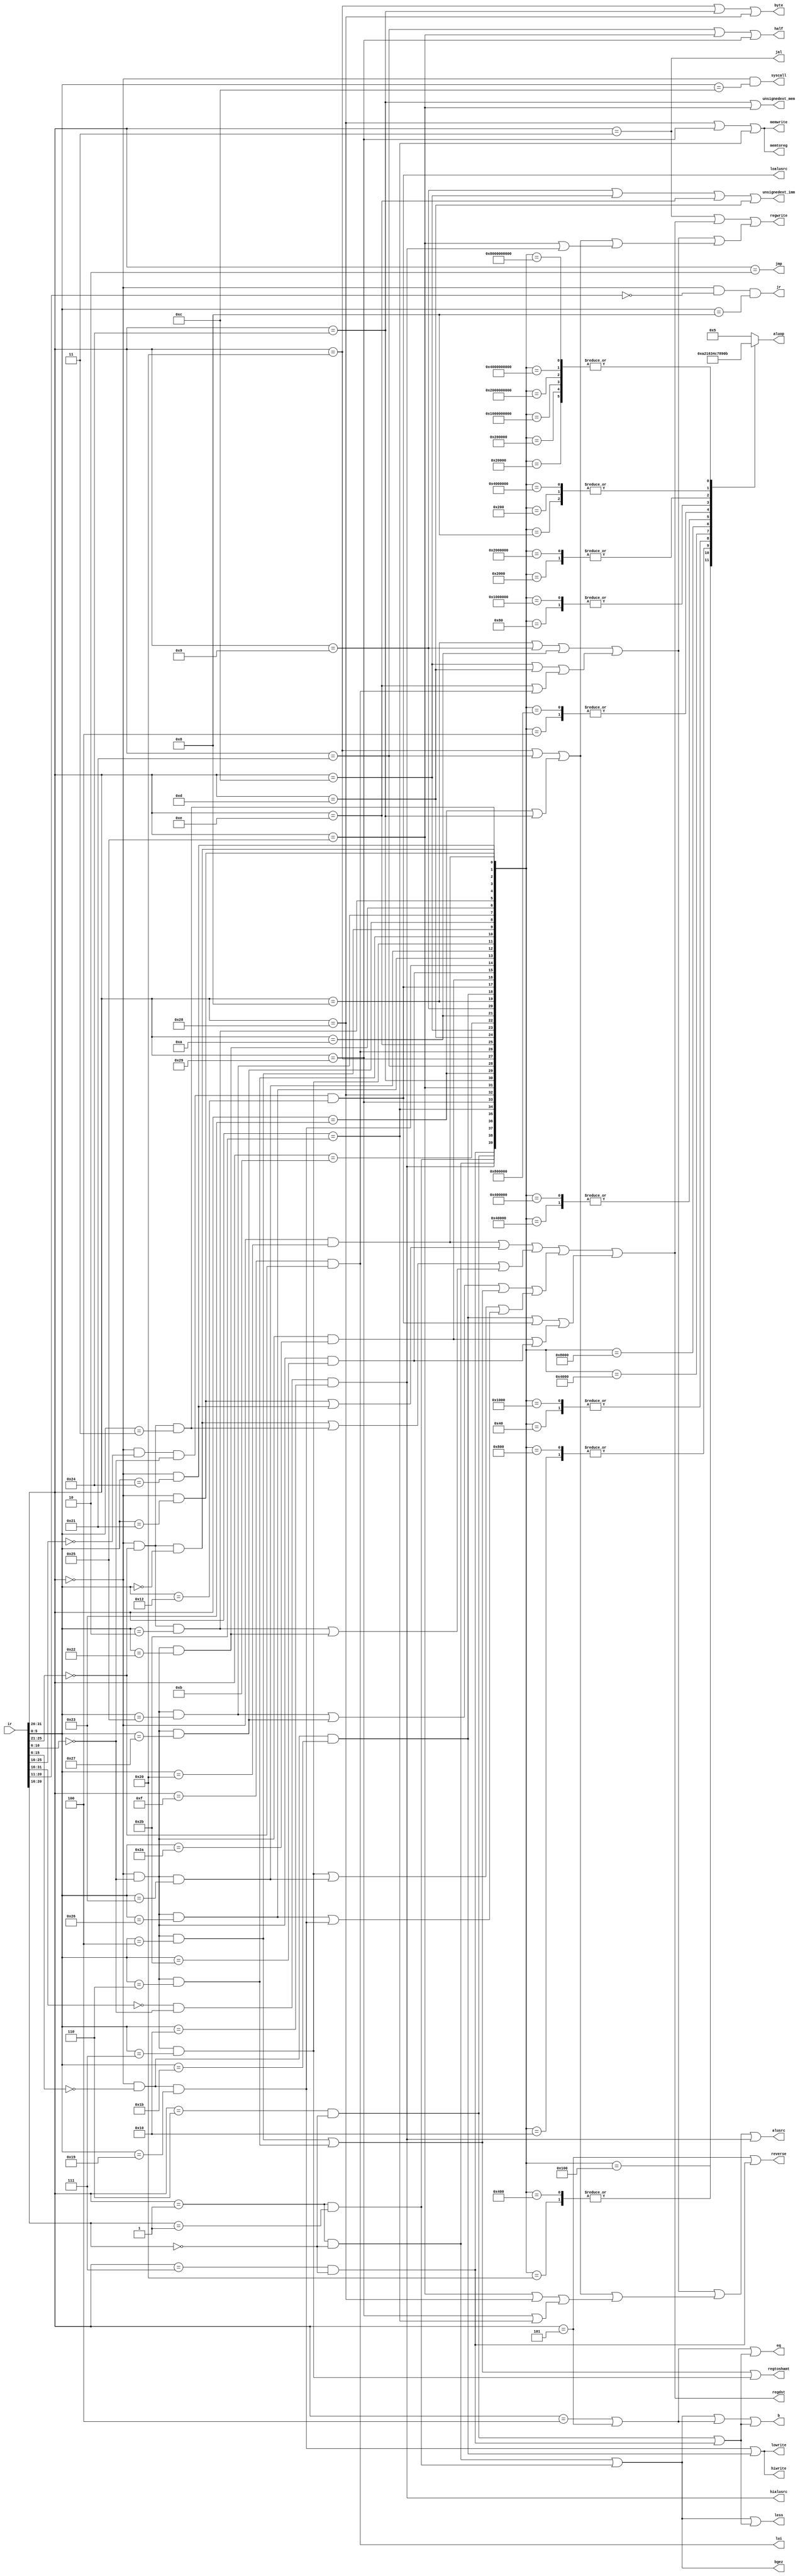
`timescale 1ns / 1ps
//////////////////////////////////////////////////////////////////////////////////
// Company: 
// Engineer: 
// 
// Design Name: 
// Module Name: control_unit
// Project Name: 
// Target Devices: 
// Tool Versions: 
// Description: 
// 
// Dependencies: 
// 
// Revision:
// Revision 0.01 - File Created
// Additional Comments:
// 
//////////////////////////////////////////////////////////////////////////////////


module control_unit(
        input wire[31:0] ir,
        output syscall,
        output regdst,
        output reg[3:0] aluop,
        output alusrc,
        output lui,
        output regtoshamt,
        output loalusrc,
        output hialusrc,
        output memwrite,
        output byte,
        output half,
        output regwrite,
        output lowrite,
        output hiwrite,
        output memtoreg,
        output unsignedext_imm,
        output unsignedext_mem,
        output b,
        output eq,
        output less,
        output reverse,
        output bgez,
        output jr,
        output jmp,
        output jal
    );
     // Normal
        wire[5:0] opt;
        wire[4:0] rs;
        wire[4:0] rt;
        // R
        wire[4:0] rd;
        wire[4:0] shamt;
        wire[5:0] func;
        // I
        wire[15:0] immi;
        // J
        wire[25:0] immj;
        assign opt = ir[31:26];
        assign rs = ir[25:21];
        assign rt = ir[20:16];
        assign rd = ir[15:11];
        assign shamt = ir[10:6];
        assign func = ir[5:0];
        assign immi = ir[15:0];
        assign immj = ir[25:0];
        
        // instruction code
        parameter R_OPT =  6'b000000;
        parameter SP_OPT = 6'b000000;
        parameter SYSCALL_FUNC = 6'b001100;
        parameter ADD_FUNC = 6'b100000;
        parameter ADDU_FUNC = 6'b100001;
        parameter AND_FUNC = 6'b100100;
        parameter SLL_FUNC = 6'b000000;
        parameter SRA_FUNC = 6'b000011;
        parameter SRL_FUNC = 6'b000010;
        parameter SUB_FUNC = 6'b100010;
        parameter OR_FUNC = 6'b100101;
        parameter NOR_FUNC = 6'b100111;
        parameter SLLV_FUNC = 6'b000100;
        parameter SRLV_FUNC = 6'b000110;
        parameter SRAV_FUNC = 6'b000111;
        parameter SUBU_FUNC = 6'b100011;
        parameter XOR_FUNC = 6'b100110;
        parameter MULTU_FUNC = 6'b011001;
        parameter DIVU_FUNC = 6'b011011;
        parameter MFLO_FUNC = 6'b010010;
        parameter SLT_FUNC = 6'b101010;
        parameter SLTU_FUNC = 6'b101011;
        parameter MFHI_FUNC = 6'b010000;
        
        parameter JR_FUNC = 6'b001000;
        parameter ERET_FUNC = 6'b011000;
        
        // instruction type
        wire R = (opt == R_OPT);
        wire SP = (opt == SP_OPT);
        parameter ADDI_OPT = 6'b001000;
        parameter ADDIU_OPT = 6'b001001;
        parameter SLTI_OPT = 6'b001010;
        parameter SLTIU_OPT = 6'b001011;
        parameter ANDI_OPT = 6'b001100;
        parameter ORI_OPT = 6'b001101;
        parameter XORI_OPT = 6'b001110;
        parameter LUI_OPT = 6'b001111;
        parameter LB_OPT = 6'b100000;
        parameter LH_OPT = 6'b100001;
        parameter LW_OPT = 6'b100011;
        parameter LBU_OPT = 6'b100100;
        parameter LHU_OPT = 6'b100101;
        parameter SB_OPT = 6'b101000;
        parameter SH_OPT = 6'b101001;
        parameter SW_OPT = 6'b101011;

        parameter J_OPT = 6'b000010;
        parameter JAL_OPT = 6'b000011;
        parameter REGIMM_OPT = 6'b000001;
        parameter BEQ_OPT = 6'b000100;
        parameter BNE_OPT = 6'b000101;
        parameter BLEZ_OPT = 6'b000110;
        parameter BGTZ_OPT = 6'b000111;
        

        wire ADD = (SP & (func == ADD_FUNC));
        wire ADDU = (SP & (func == ADDU_FUNC));
        wire AND = (SP & (func == AND_FUNC));
        wire SLL = (SP & (rs == 6'b000000) & (func == SLL_FUNC));
        wire SRA = (SP & (rs == 6'b000000) & (func == SRA_FUNC));
        wire SRL = (SP & (rs == 6'b000000) & (func == SRL_FUNC));
        wire SUB = (SP & (shamt == 6'b000000) & (func == SUB_FUNC));
        wire OR = (SP & (shamt == 6'b000000) & (func == OR_FUNC));
        wire NOR = (SP & (shamt == 6'b000000) & (func == NOR_FUNC));
        wire SLLV = (SP & (shamt == 6'b000000) & (func == SLLV_FUNC));
        wire SRLV = (SP & (shamt == 6'b000000) & (func == SRLV_FUNC));
        wire SRAV = (SP & (shamt == 6'b000000) & (func == SRAV_FUNC));
        wire SUBU = (SP & (shamt == 6'b000000) & (func == SUBU_FUNC));
        wire XOR = (SP & (shamt == 6'b000000) & (func == XOR_FUNC));
        wire MULTU = (SP & (ir[15:6] == 6'b000000) & (func == MULTU_FUNC));
        wire DIVU = (SP & (ir[15:6] == 6'b000000) & (func == DIVU_FUNC));
        wire MFLO = (SP & (ir[25:16] == 6'b000000) & (shamt == 5'b00000) & (func == MFLO_FUNC));
        wire SLT = (SP & (shamt == 5'b00000) & (func == SLT_FUNC));
        wire SLTU = (SP & (shamt == 5'b00000) & (func == SLTU_FUNC));
        wire SYSCALL = (R & (func == SYSCALL_FUNC));
        wire ADDI = (opt == ADDI_OPT);
        wire ADDIU = (opt == ADDIU_OPT);
        wire SLTI = (opt == SLTI_OPT);
        wire SLTIU = (opt == SLTIU_OPT);
        wire ANDI = (opt == ANDI_OPT);
        wire ORI = (opt == ORI_OPT);
        wire XORI = (opt == XORI_OPT);
        wire LUI = ((opt == LUI_OPT) & (rs == 5'b00000));
        wire LB = (opt == LB_OPT);
        wire LH = (opt == LH_OPT);
        wire LW = (opt == LW_OPT);
        wire LBU = (opt == LBU_OPT);
        wire LHU = (opt == LHU_OPT);
        wire SB = (opt == SB_OPT);
        wire SH = (opt == SH_OPT);
        wire SW = (opt == SW_OPT);
        wire MFHI = ((ir[31:16] == {16{1'b0}}) & (shamt == 5'b00000) & (func == MFHI_FUNC));

        wire JR = ((opt == 6'b000000) & (ir[20:11] == 10'b0000000000) & (func == JR_FUNC));
        wire J = (opt == J_OPT);
        wire JAL = (opt == JAL_OPT);
        wire BLTZ = ((opt == REGIMM_OPT) & (rt == 5'b00000));
        wire BGEZ = ((opt == REGIMM_OPT) & (rt == 5'b00001));
        wire BEQ = (opt == BEQ_OPT);
        wire BNE = (opt == BNE_OPT);
        wire BLEZ = ((opt == BLEZ_OPT) & (rt == 5'b00000));
        wire BGTZ = ((opt == BGTZ_OPT) & (rt == 5'b00000));
        wire ERET = ((opt == 6'b010000) & ir[25] & (ir[24:6] == 19'b0) & (func == ERET_FUNC));


        //wire NOP = (ir == {32{1'b0}});
        // instruction
        /* TODO:
            MFC0
            MTC0
        */
        
        
        // output
        assign syscall = SYSCALL;
        assign regdst = (((ADD | (ADDU | AND)) | ((SLL | SRA) | (SRL | SUB))) | (((OR | NOR) | (SLLV | 
            SRLV)) | ((SRAV | SUBU) | (XOR | MULTU)))) | ((DIVU | MFLO) | (SLT | SLTU));
        assign alusrc = ((((ADDI | ADDIU) | (SLTI | SLTI)) | ((ANDI | ORI) | (XORI | LUI))) | (((LB | LH) | (LW | LBU)) | ((LHU | SB) | (SH | SW)))) | MFHI;
        assign lui = LUI;
        assign regtoshamt = SLLV | SRLV | SRAV;
        assign loalusrc = MFLO;
        assign hialusrc = MFHI;
        assign memwrite = SB | SH | SW;
        assign byte = LB | LBU | SB;
        assign half = LH | LHU | SH;
        assign regwrite = (JAL | regdst) | ((((ADDI | ADDIU) | (SLTI | SLTI)) | ((ANDI | ORI) | (XORI | LUI))) | ( ( (LB | LH) | (LW | LBU) ) | (LHU | MFHI))) ;
        assign lowrite = MULTU | DIVU;
        assign hiwrite = lowrite;
        assign memtoreg = SB | SH | SW;
        assign unsignedext_imm = ADDIU | ANDI | XORI | ORI;
        assign unsignedext_mem = LBU | LHU;
        assign b = (BLTZ | BGEZ) | (BEQ | BNE) | (BLEZ | BGTZ);
        assign eq = (BEQ | BNE) | (BLEZ | BGTZ);
        assign less = (BLTZ | BGEZ) | (BLEZ | BGTZ); 
        assign reverse = BNE | BGTZ ;
        assign bgez = BLTZ | BGEZ;
        assign jr = JR;
        assign jmp = J;
        assign jal = JAL;

        `define IALU 40
        always@(*) begin
            case( {BGTZ, BLEZ, BGEZ, BLTZ, MFHI, SW, SH, SB, LHU, LBU, LW, LH, LB, LUI, XORI,
             ORI, ANDI, SLTIU, SLTI, ADDIU, ADDI, DIVU, MFLO, SLT, SLTU,
            MULTU, XOR, SUBU, SRAV, SRLV, SLLV, NOR, OR, SUB, SRL, 
          SRA, SLL, AND, ADDU, ADD})
                `IALU'b0000000000000000000000000000000000000001: aluop <= 5;
                `IALU'b0000000000000000000000000000000000000010: aluop <= 5;
                `IALU'b0000000000000000000000000000000000000100: aluop <= 7;
                `IALU'b0000000000000000000000000000000000001000: aluop <= 0;
                `IALU'b0000000000000000000000000000000000010000: aluop <= 1;
                `IALU'b0000000000000000000000000000000000100000: aluop <= 2;
                `IALU'b0000000000000000000000000000000001000000: aluop <= 6;
                `IALU'b0000000000000000000000000000000010000000: aluop <= 8;
                `IALU'b0000000000000000000000000000000100000000: aluop <= 10;
                `IALU'b0000000000000000000000000000001000000000: aluop <= 0;
                `IALU'b0000000000000000000000000000010000000000: aluop <= 2;
                `IALU'b0000000000000000000000000000100000000000: aluop <= 1;
                `IALU'b0000000000000000000000000001000000000000: aluop <= 6;
                `IALU'b0000000000000000000000000010000000000000: aluop <= 9;
                `IALU'b0000000000000000000000000100000000000000: aluop <= 3;
                `IALU'b0000000000000000000000001000000000000000: aluop <= 4;
                `IALU'b0000000000000000000000010000000000000000: aluop <= 5;
                `IALU'b0000000000000000000000100000000000000000: aluop <= 11;
                `IALU'b0000000000000000000001000000000000000000: aluop <= 12;
                `IALU'b0000000000000000000010000000000000000000: aluop <= 5;
                `IALU'b0000000000000000000100000000000000000000: aluop <= 5;
                `IALU'b0000000000000000001000000000000000000000: aluop <= 11;
                `IALU'b0000000000000000010000000000000000000000: aluop <= 12;
                `IALU'b0000000000000000100000000000000000000000: aluop <= 7;
                `IALU'b0000000000000001000000000000000000000000: aluop <= 8;
                `IALU'b0000000000000010000000000000000000000000: aluop <= 9;
                `IALU'b0000000000000100000000000000000000000000: aluop <= 0;
                `IALU'b0000000000001000000000000000000000000000: aluop <= 5;
                `IALU'b0000000000010000000000000000000000000000: aluop <= 5;
                `IALU'b0000000000100000000000000000000000000000: aluop <= 5;
                `IALU'b0000000001000000000000000000000000000000: aluop <= 5;
                `IALU'b0000000010000000000000000000000000000000: aluop <= 5;
                `IALU'b0000000100000000000000000000000000000000: aluop <= 5;
                `IALU'b0000001000000000000000000000000000000000: aluop <= 5;
                `IALU'b0000010000000000000000000000000000000000: aluop <= 5;
                `IALU'b0000100000000000000000000000000000000000: aluop <= 5;
                `IALU'b0001000000000000000000000000000000000000: aluop <= 11;
                `IALU'b0010000000000000000000000000000000000000: aluop <= 11;
                `IALU'b0100000000000000000000000000000000000000: aluop <= 11;
                `IALU'b1000000000000000000000000000000000000000: aluop <= 11;
                default: aluop <= 5;
                
            endcase
        
        end
        
       
       
endmodule